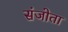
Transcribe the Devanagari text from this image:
संजोता